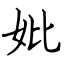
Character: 妣